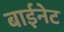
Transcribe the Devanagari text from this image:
बाईनेट